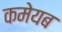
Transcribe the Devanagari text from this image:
कमेयब